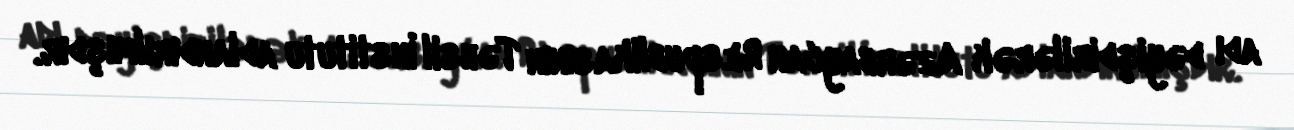
adı dəyişdirilərək Azərbaycan Respublikasının Təhsil İnstitutu adlandırılmışdır.